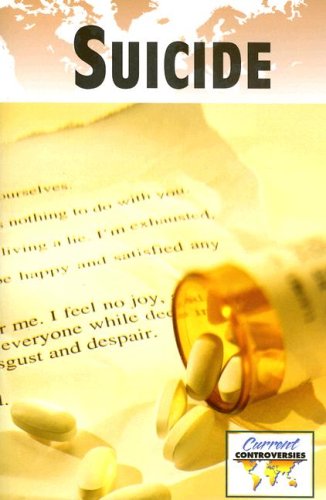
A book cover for Suicide (Current Controversies); Teen & Young Adult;